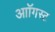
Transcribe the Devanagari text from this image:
आॉगस्ट